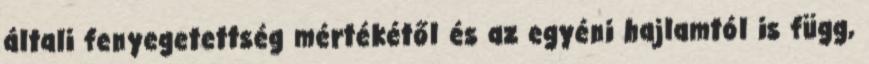
általi fenyegetettség mértékétől és az egyéni hajlamtól is függ,